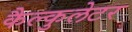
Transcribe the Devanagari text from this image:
कैल्कुलेटर